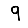
Digit: 9